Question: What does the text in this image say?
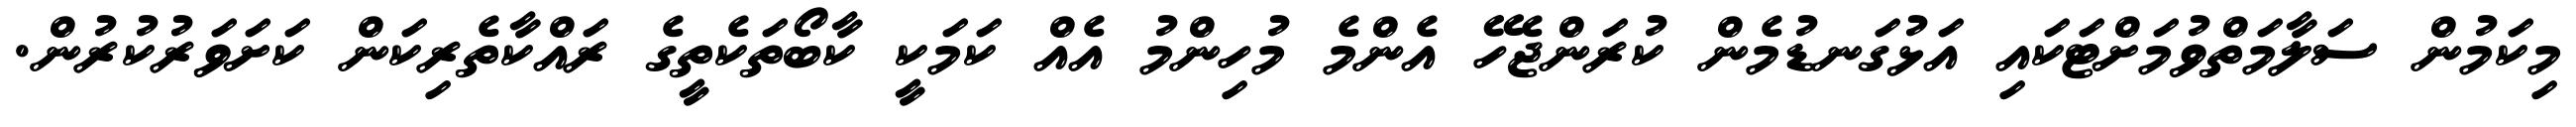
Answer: މިކަމުން ސަލާމަތްވުމަށްޓަކައި އަޅުގަނޑުމެން ކުރަންޖެހޭ އެންމެ މުހިންމު އެއް ކަމަކީ ކާބޯތަކެތީގެ ރައްކާތެރިކަން ކަށަވަރުކުރުން.